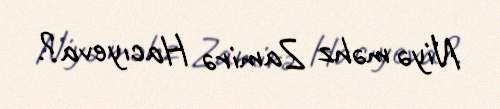
Niyə məhz Zamirə Hacıyeva?.